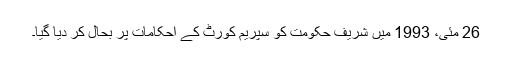
26 مئی، 1993 میں شریف حکومت کو سپریم کورٹ کے احکامات پر بحال کر دیا گیا۔